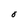
Character: O